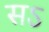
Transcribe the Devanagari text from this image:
सऽ